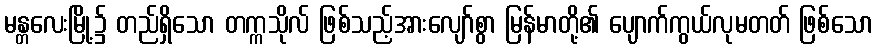
မန္တလေးမြို့၌ တည်ရှိသော တက္ကသိုလ် ဖြစ်သည့်အားလျော်စွာ မြန်မာတို့၏ ပျောက်ကွယ်လုမတတ် ဖြစ်သော